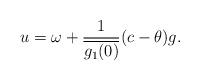
LaTeX: \begin{align*} u=\omega+\frac{1}{\overline {g_1(0)}}(c-\theta)g.\end{align*}